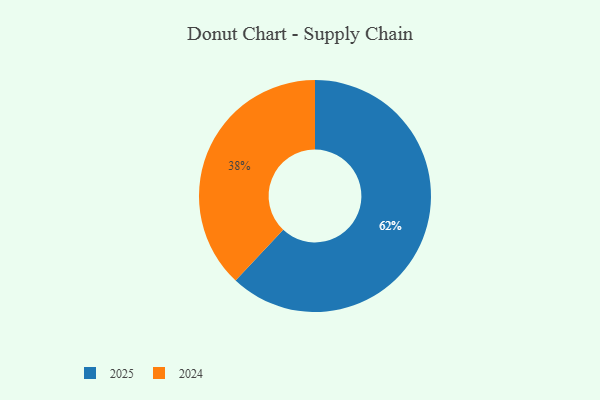
{"axis": {"x": "Category", "y": "Percentage"}, "legend": ["2024", "2025"], "data": [{"x": "2025", "y": 62, "type": "2025"}, {"x": "2024", "y": 38, "type": "2024"}]}